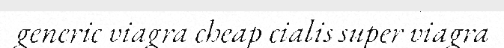
generic viagra cheap cialis super viagra